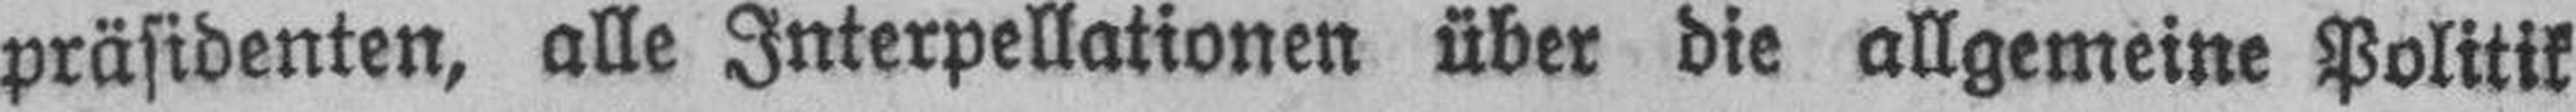
präsidenten, alle Interpellationen über die allgemeine Politik